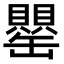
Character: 罌